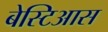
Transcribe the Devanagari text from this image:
बेस्टिआस